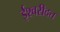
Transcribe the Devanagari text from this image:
ईश्वरीदत्त